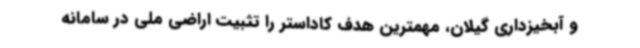
و آبخیزداری گیلان، مهمترین هدف کاداستر را تثبیت اراضی ملی در سامانه